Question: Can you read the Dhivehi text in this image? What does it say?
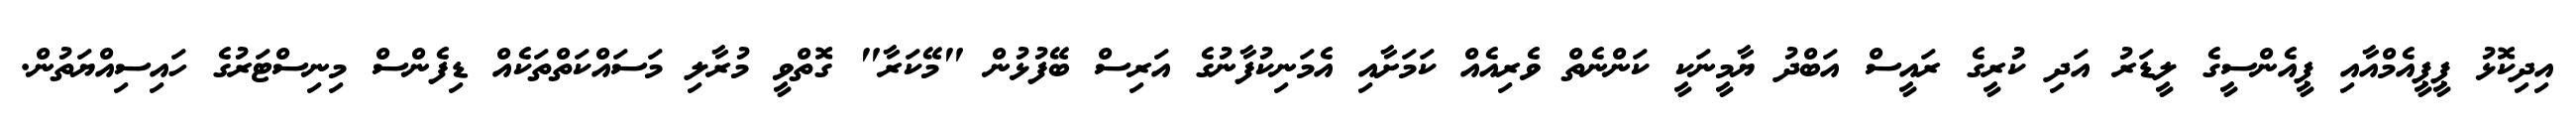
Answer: އިދިކޮޅު ޕީޕީއެމްއާއި ޕީއެންސީގެ ލީޑަރު އަދި ކުރީގެ ރައީސް އަބްދު ޔާމީނަކީ ކަންނެތް ވެރިއެއް ކަމަށާއި އެމަނިކުފާނުގެ އަރިސް ބޭފުޅުން "މޭކަރާ" ގޮތްވީ މުރާލި މަސައްކަތްތަކެއް ޑިފެންސް މިނިސްޓަރުގެ ހައިސިއްޔަތުން.